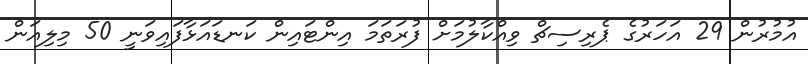
އުމުރުން 29 އަހަރުގެ ޕެރިސިޗް ވިއްކާލުމަށް ފުރަތަމަ އިންޓައިން ކަނޑައަޅާފައިވަނީ 50 މިލިއަން